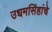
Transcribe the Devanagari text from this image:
उधमसिंहांचे